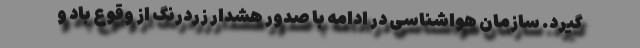
گیرد. سازمان هواشناسی در ادامه با صدور هشدار زردرنگ از وقوع باد و